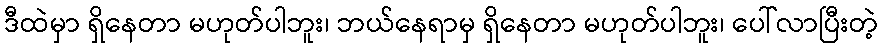
ဒီထဲမှာ ရှိနေတာ မဟုတ်ပါဘူး၊ ဘယ်နေရာမှ ရှိနေတာ မဟုတ်ပါဘူး၊ ပေါ်လာပြီးတဲ့